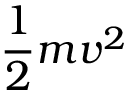
\frac { 1 } { 2 } m v ^ { 2 }